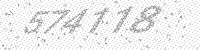
Solution: 574118